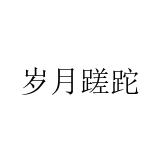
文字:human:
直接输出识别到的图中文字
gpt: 岁月蹉跎